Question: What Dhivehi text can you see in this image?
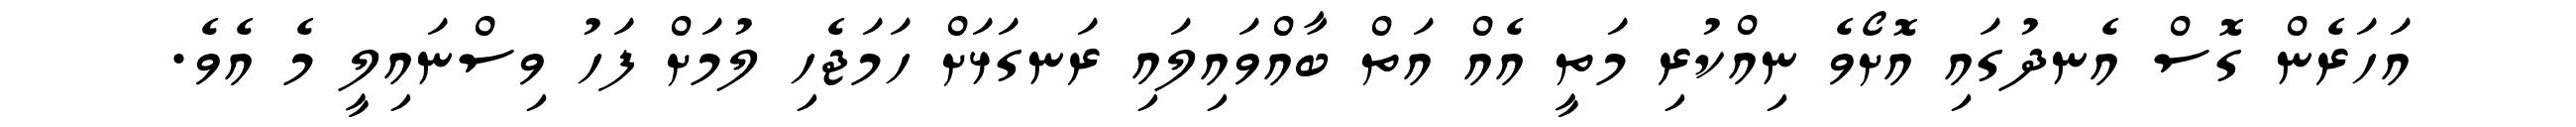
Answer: އަހަރެން ގޮސް އެނދުގައި އޮށޯވެ ނިއްކުރި މަތީ އެއް އަތް ބާއްވައިލައި ރަނގަޅަށް ހަމަޖެހި ލުމަށް ފަހު ވިސްނައިލީ މެ އެވެ.